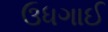
ઉધગાઈ